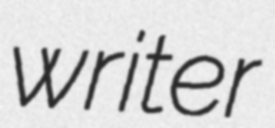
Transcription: writer